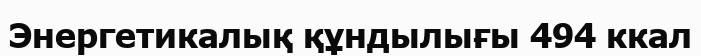
Энергетикалық құндылығы 494 ккал